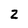
Character: Z